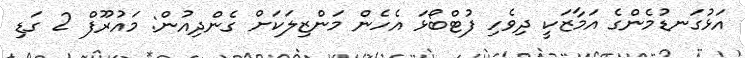
އަޅުގަނޑުމެންގެ އަމާޒަކީ ދިވެހި ފުޓްބޯޅަ އެހެން މަންޒިލަކަށް ގެންދިއުން: މައުރޫފް 2 ގަޑި